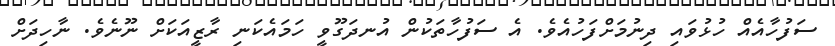
ސަފުހާއެއް ހުޅުވައި ދިނުމަށްފަހުއެވެ. އެ ސަފުހާތަކުން އުނދަގޫވީ ހަމައެކަނި ރާޒީއަކަށް ނޫނެވެ. ނާހިދަށް